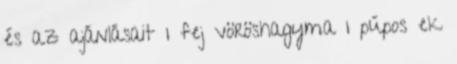
és az ajánlásait 1 fej vöröshagyma 1 púpos ek